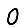
Digit: 0